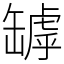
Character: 罅